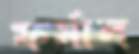
ফর্মাল